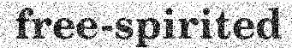
free-spirited